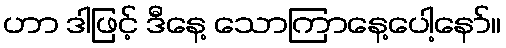
ဟာ ဒါဖြင့် ဒီနေ့ သောကြာနေ့ပေါ့နော်။